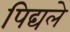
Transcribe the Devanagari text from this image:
पिद्यले